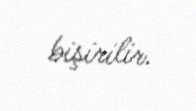
bişirilir.